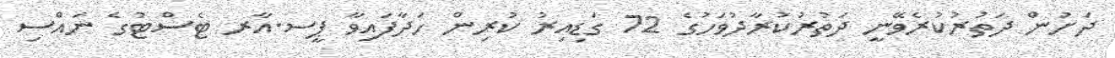
ދަށުން ދަތުރުކުރެވޭނީ ދަތުރުކުރާދުވަހުގެ 72 ގަޑިއިރު ކުރިން ހަދާފައިވާ ޕީސ.އާރ ޓެސްޓުގެ ނައްސި